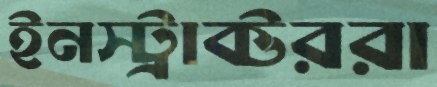
ইনস্ট্রাক্টররা